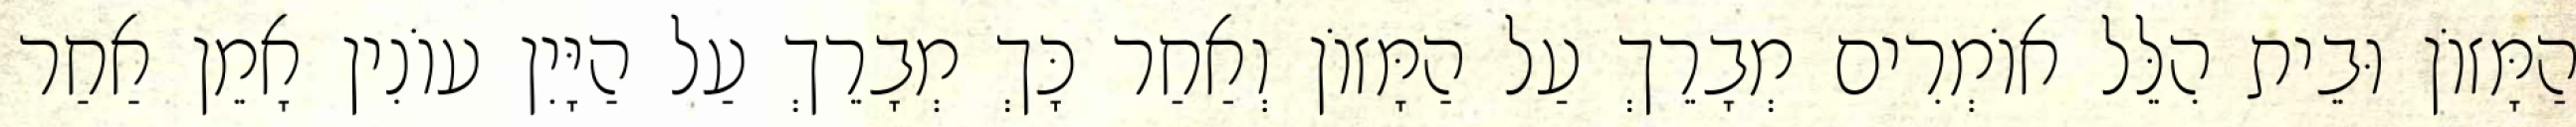
הַמָּזוֹן וּבֵית הִלֵּל אוֹמְרִים מְבָרֵךְ עַל הַמָּזוֹן וְאַחַר כָּךְ מְבָרֵךְ עַל הַיָּיִן עוֹנִין אָמֵן אַחַר